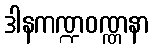
ဒါနကဏ္ဍဝဏ္ဏနာ